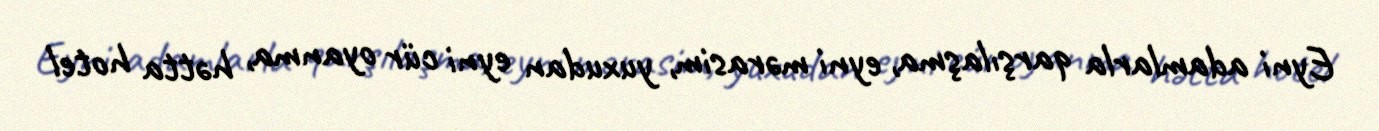
Eyni adamlarla qarşılaşma, eyni mərasim, yuxudan eyni cür oyanma, hətta hotel